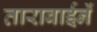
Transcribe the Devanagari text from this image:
ताराबाईनें